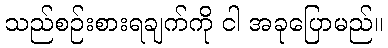
သည်စဉ်းစားရချက်ကို ငါ အခုပြောမည်။